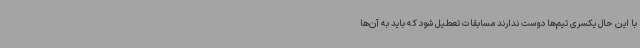
با این حال یکسری تیم‌ها دوست ندارند مسابقات تعطیل شود که باید به آن‌ها